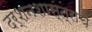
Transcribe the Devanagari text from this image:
दर्शनशास्त्राचे